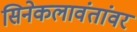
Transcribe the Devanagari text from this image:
सिनेकलावंतांवर